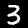
Label: 3